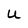
Character: U